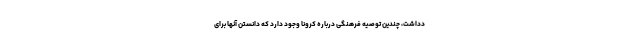
دداشت، چندین توصیه فرهنگی درباره کرونا وجود دارد که دانستن آنها برای